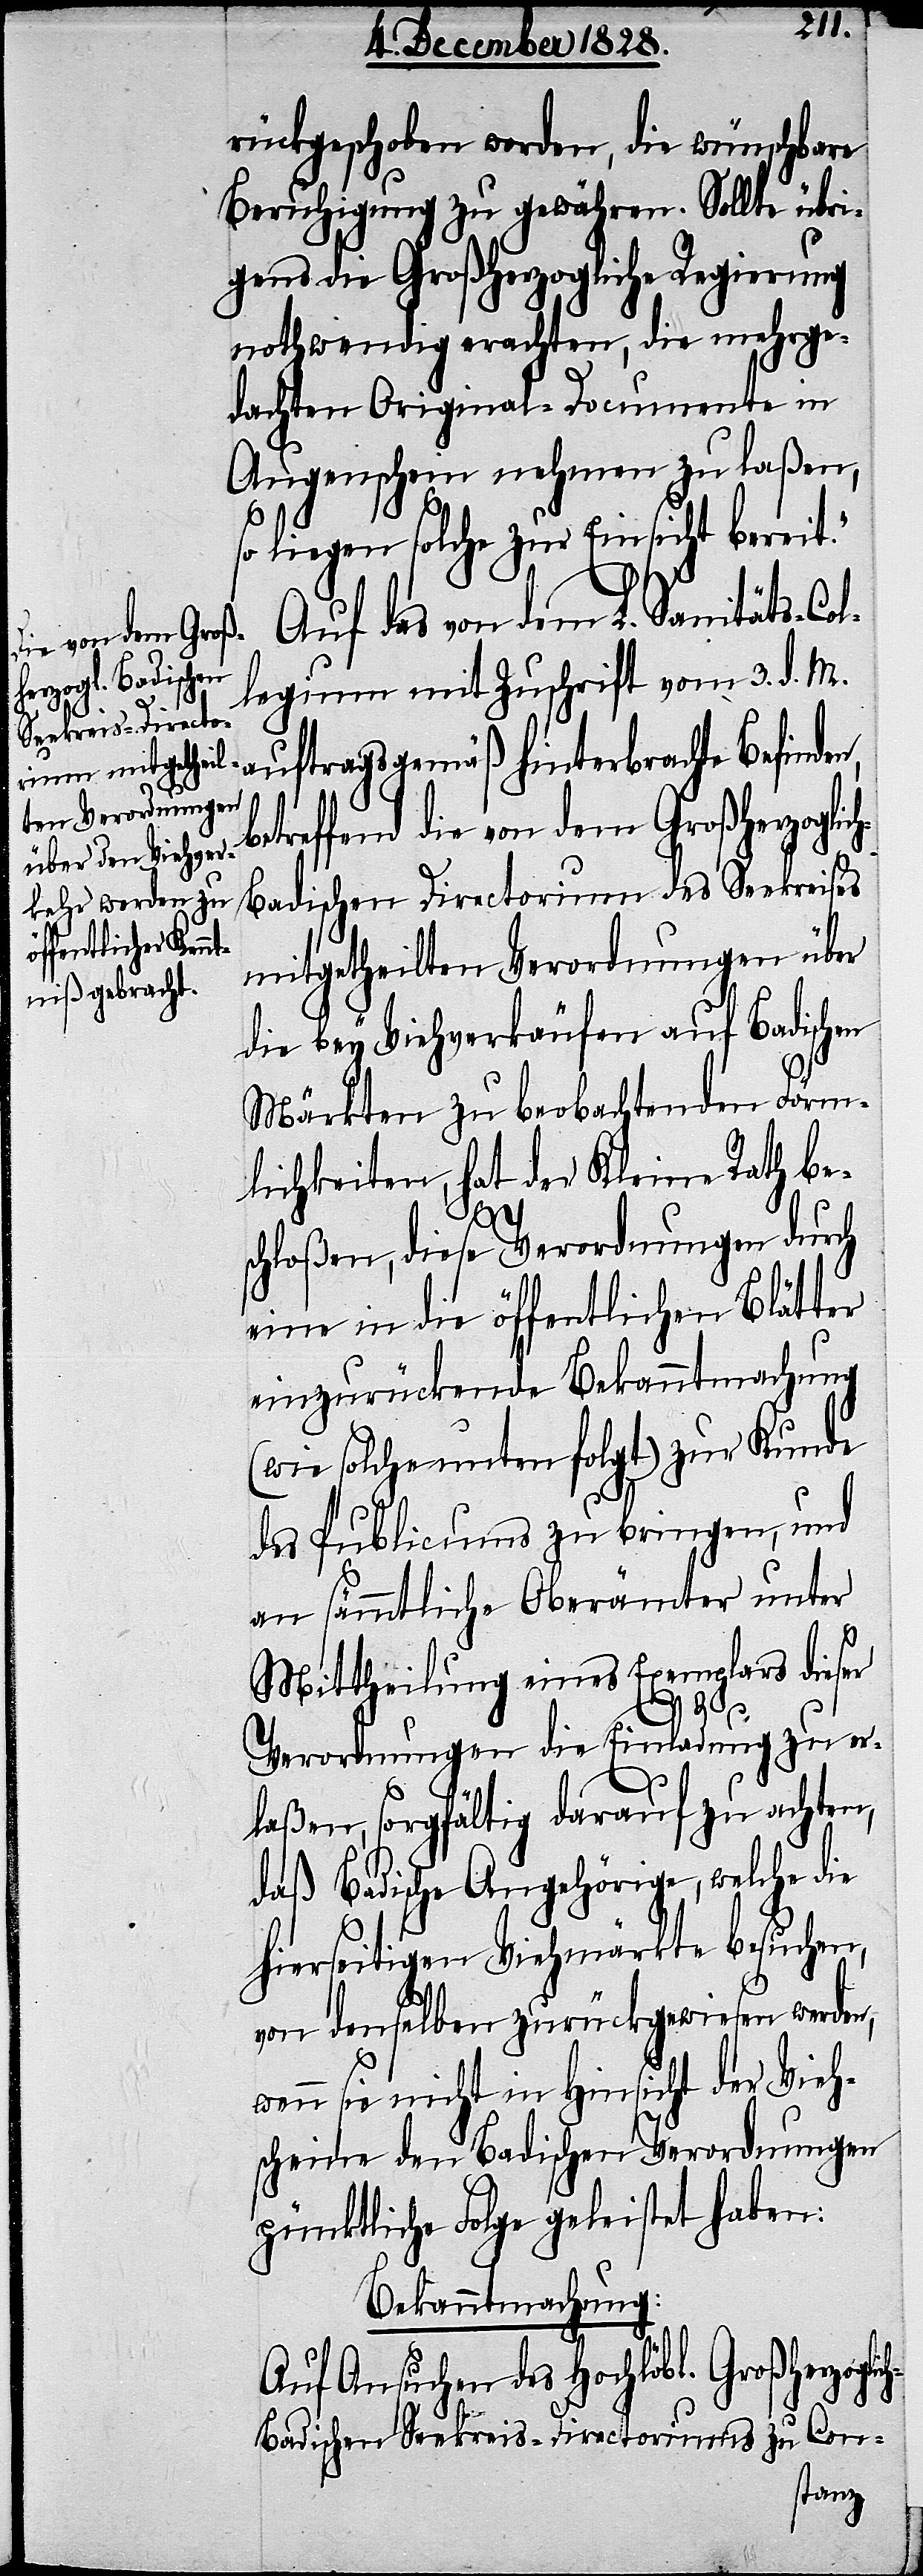
rückgeschoben werden, die wünschbare
Beruhigung zu gewähren. Sollte übri¬
gens die Großherzogliche Regierung
nothwendig erachten, die mehrge¬
dachten Original-Documente in
Augenschein nehmen zu laßen,
so liegen solche zur Einsicht bereit.“
Auf das von dem L. Sanitäts-Col¬
legium mit Zuschrift vom 3. d. M.
auftragsgemäß hinterbrachte Befinde¬
reffend die von dem Großherzog¬
h-Badischen Directorium des Seekreises
mitgetheilten Verordnungen über
die bey Viehverkäufen auf Badischen
Märkten zu beobachtenden Förm¬
lichkeiten, hat der Kleine Rath be¬
lic¬
schloßen, diese Verordnungen durch
eine in die öffentlichen Blätter
einzurückende Bekanntmachung
(wie solche unten folgt) zur Kunde
des Publicums zu bringen, und
an sämmtliche Oberämter unter
Mittheilung eines Exemplars dieser
n,
Verordnungen die Einladung zu er¬
laßen, sorgfältig darauf zu achten,
daß Badische Angehörige, welche die
hierseitigen Viehmärkte besuchen,
von denselben zurückgewiesen werden,
wenn sie nicht in Hinsicht der Vieh¬
scheine den Badischen Verordnungen
pünktliche Folge geleistet haben:
Bekanntmachung:
Auf Ansuchen des Hochlöbl. Großherzog¬
h-Badischen Seekreis-Directoriums zu Con-